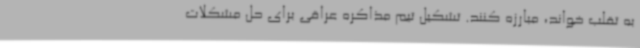
به تقلب خواند، مبارزه کنند. تشکیل تیم مذاکره عراقی برای حل مشکلات